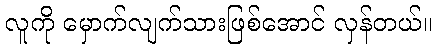
လူကို မှောက်လျက်သားဖြစ်အောင် လှန်တယ်။